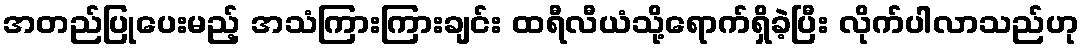
အတည်ပြုပေးမည့် အသံကြားကြားချင်း ထရီလီယံသို့ရောက်ရှိခဲ့ပြီး လိုက်ပါလာသည်ဟု